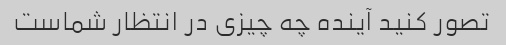
تصور کنید آینده چه چیزی در انتظار شماست